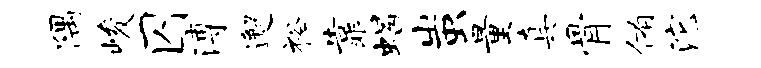
隅峻囚溥邂裕靠蝎蚩量真骨侑沱